Civil Veterinary Dept. Assam report 1927-50 - 1927-1950
Year: 1927
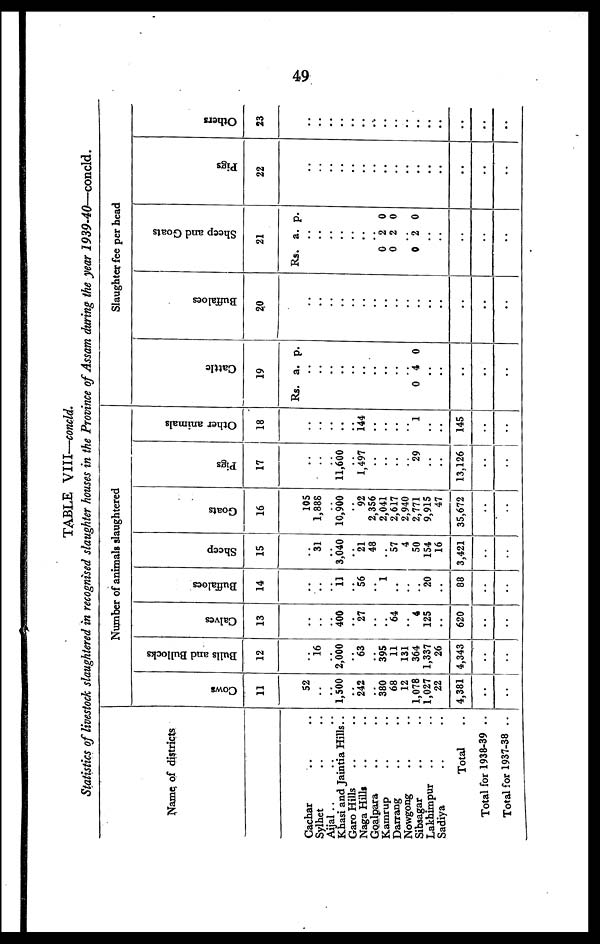
49
TABLE VIII—concld.
Statistics of livestock slaughtered in recognised slaughter houses in the Province of Assam during the year 1939-40—concld.
Name of districts
Cachar .. ..
Sylhet .. ..
Aijal .. .. ..
Khasi and Jaintia Hills..
Garo Hills .. ..
Naga Hills .. ..
Goalpara .. ..
Kamrup .. ..
Darrang .. ..
Nowgong .. ..
Sibsagar .. ..
Lakhimpur .. ..
Sadiya .. ..
Total ..
Total for 1938-39 ..
Total for 1937-38 ..
Number of animals slaughtered
Cows
11
52
..
.. 1,500
.. 242
.. 380
68
12
1,078
1,027
22
4,381
..
..
Bulls and Bullocks
12
..
16
.. 2,000
.. 63
.. 395
11
131
364
1,337
26
4,343
..
..
Calves
13
..
..
.. 400
.. 27
..
..
64
..
4
125
..
620
..
..
Buffaloes
14
..
..
..
11
.. 56
.. 1
..
..
..
20
..
88
..
..
Sheep
15
..
31
3,040
21
48
57
4
50
154
16
3,421
..
..
Goats
16
105
1,888
10,900
92
2,356
2,041
2,617
2,940
2,771
9,915
47
35,672
..
..
Pigs
17
..
..
.. 11,600
.. 1,497
..
..
..
..
29
..
..
13,126
..
..
Other animals
18
..
..
..
..
.. 144
..
..
..
..
1
..
..
145
..
..
Slaughter fee per head
Cat t l e
19
Rs.
..
..
..
..
..
..
..
..
..
..
0
..
..
..
..
..
a.
4
p.
0
Buffaloes
20
..
..
..
..
..
..
..
..
..
..
..
..
..
..
..
..
Sheep and Goat s
21
Rs.
0
0
..
0
..
..
..
..
..
a.
2
2
2
p.
0
0
0
Pigs
22
..
..
..
..
..
..
..
..
..
..
..
..
..
..
..
..
Others
23
..
..
..
..
..
..
..
..
..
..
..
..
..
..
..
..